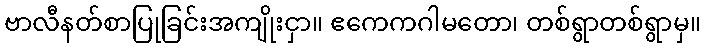
ဗာလီနတ်စာပြုခြင်းအကျိုးငှာ။ ဧကေကဂါမတော၊ တစ်ရွာတစ်ရွာမှ။